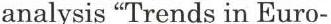
analysis "Trends in Euro-